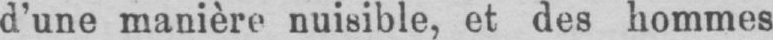
d’une manière nuisible, et des hommes